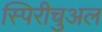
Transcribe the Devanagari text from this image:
स्पिरीचुअल